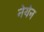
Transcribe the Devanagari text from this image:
नेयेन